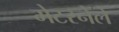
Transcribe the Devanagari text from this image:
मेटरनेले